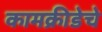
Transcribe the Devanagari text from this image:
कामक्रीडेचे